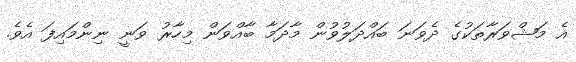
އެ މަޝްވަރާތަކުގެ ދެވަނަ ބައްދަލުވުން މާދަމާ ބާއްވަން މިހާރު ވަނީ ނިންމައިފަ އެވެ.